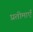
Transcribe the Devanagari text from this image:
प्रतीमाएँ